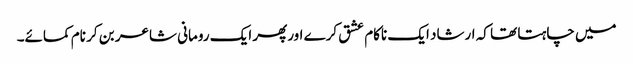
میں چاہتا تھا کہ ارشاد ایک ناکام عشق کرے اورپھر ایک رومانی شاعر بن کر نام کمائے۔